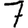
Digit: 7